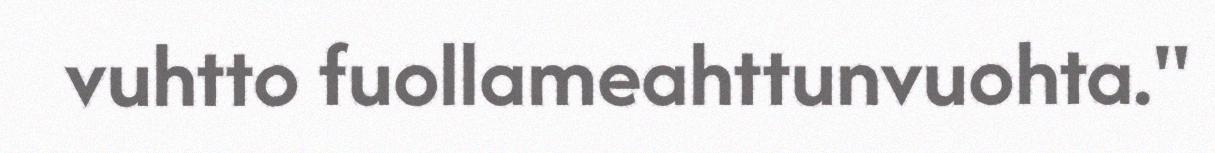
vuhtto fuollameahttunvuohta."